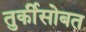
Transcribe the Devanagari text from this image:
तुर्कीसोबत